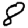
Digit: 8